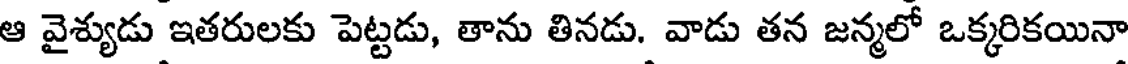
ఆ వైశ్యుడు ఇతరులకు పెట్టడు, తాను తినడు. వాడు తన జన్మలో ఒక్కరికయినా